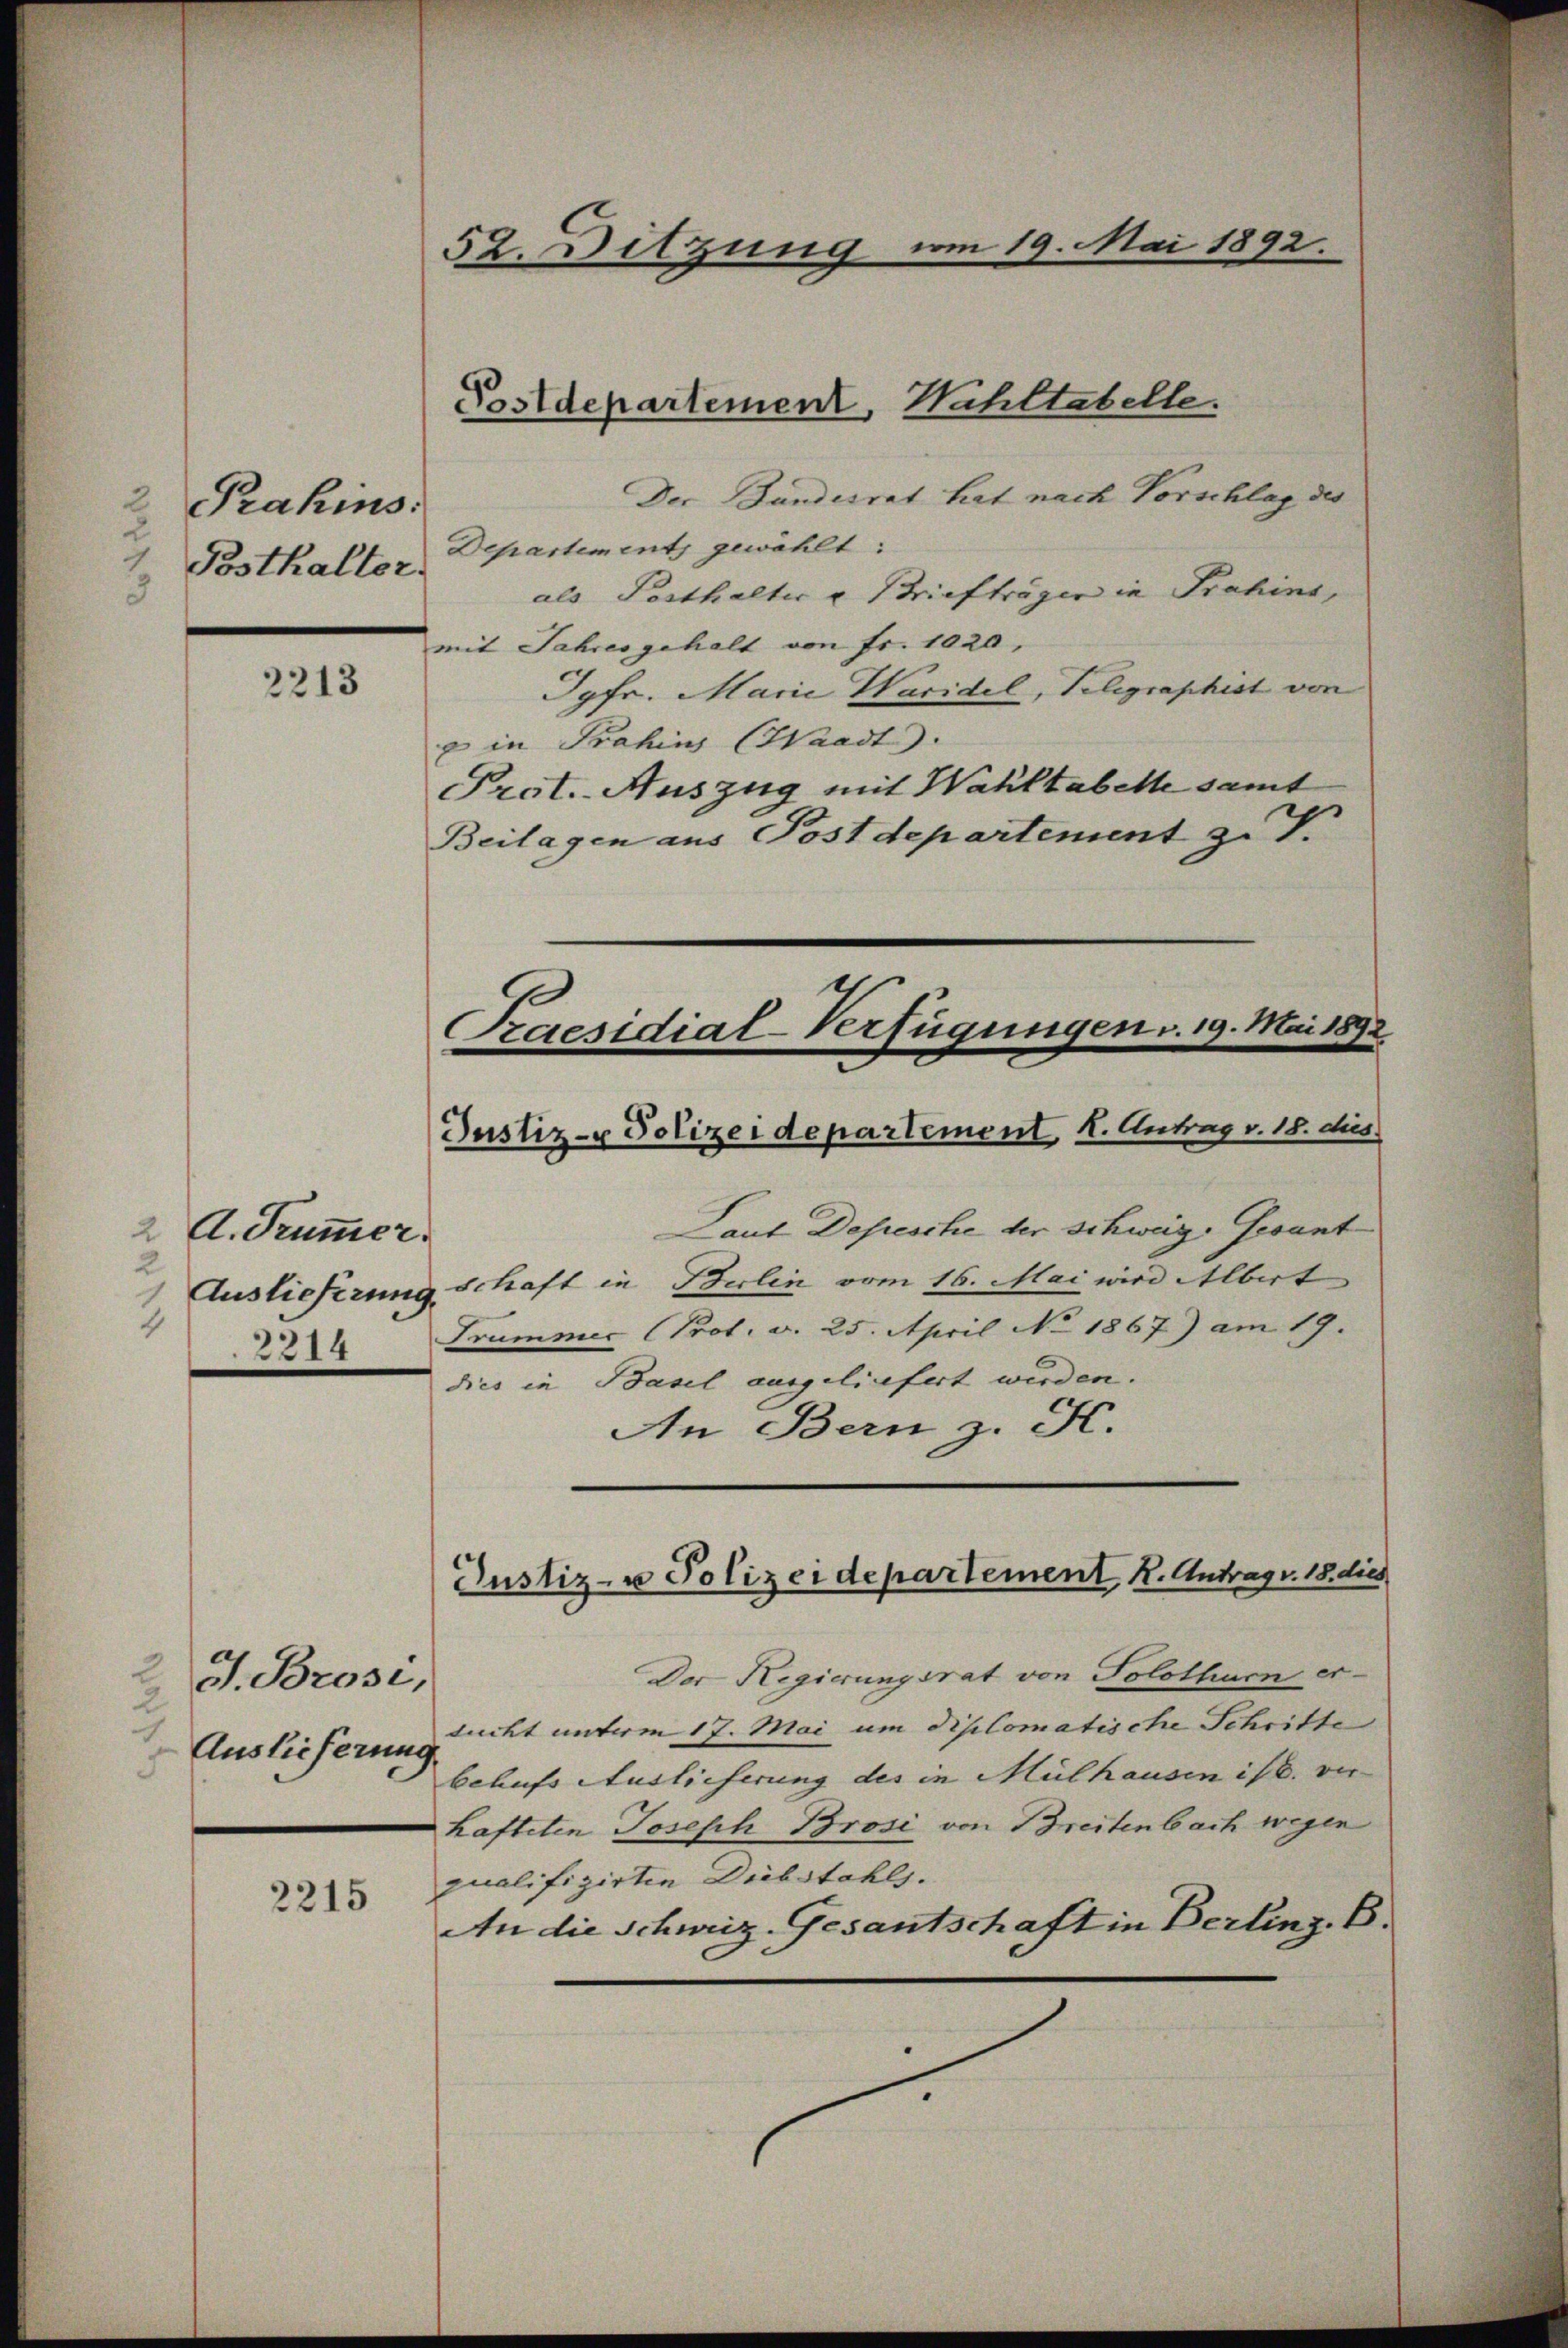
2 Pahins
1
Posthalter.
3

2213

2 A. Trümmer.
2
 Auslieferung.
4
2214

J. Brosi,
2
e
Auslieferung
5

2215

52. Ditzung vom 19. Mai 1892.

Postdepartement, Hahltabelle.

Der Bundesrat hat nach Vorschlag des
Departement gewählt:
als Posthalter u Briefträgen in Prahins,
mit Jahres gehalt von Fr. 1020,
Jgfr. Marie Waridel, Telegraphist von
x in Prohin (Waadt.
Prot.-Auszug mit Wahltabelle samt
Beilagen aus Postdepartement zu V.

Justiz- & Polizeidepartement, I. Antrag v. 18. dies
Laut Depesche der schweiz. Gesant
schaft in Berlin vom 16. Mai wird Albert
Trummer Prot. v. 25. April No 1867) am 19.
dies in Basel ausgeliefert werden.
An Bern z. K.
Der Regierungsrat von Solothurn er-
lucht unterm 17. Mai um diplomatische Schritte
behufs Auslieferung des in Mülhausen ist. ver
hafteten Joseph Brosi von Breitenbach wegen
qualifizirten Diebstahls.
An die Schweiz. Gesantschaft in Berlinz. B.

Praesidial-Verfügungen v. 19. Mai 1892.

Justiz- u Polizeidepartement K. Antrag v. 18. dies